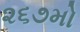
૨૬૭મો